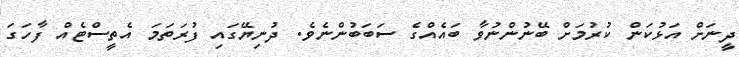
ދީނަށް އަޅުކަން ކުރުމަށް ބޭނުންނުވާ ބައެއްގެ ސަބަބުންނެވެ. ދުނިޔޭގައި ފުރަތަމަ އެތީސްޓެއް ފާހަގަ